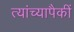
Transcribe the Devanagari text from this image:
त्यांच्यापैकीं